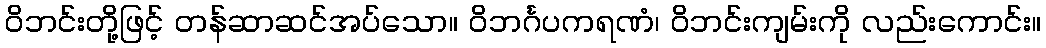
ဝိဘင်းတို့ဖြင့် တန်ဆာဆင်အပ်သော။ ဝိဘင်္ဂပကရဏံ၊ ဝိဘင်းကျမ်းကို လည်းကောင်း။